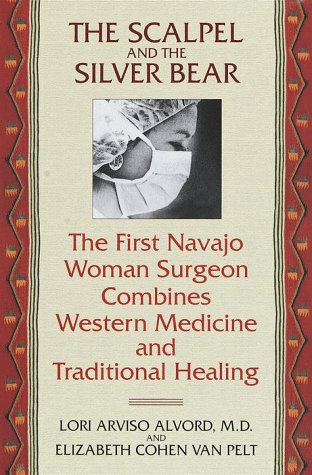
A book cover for The Scalpel and the Silver Bear; Lori Arviso Alvord; Biographies & Memoirs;